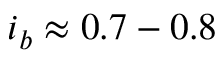
i _ { b } \approx 0 . 7 - 0 . 8